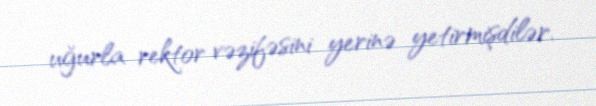
uğurla rektor vəzifəsini yerinə yetirmişdilər.